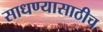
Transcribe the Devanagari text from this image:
साधण्यासाठीच